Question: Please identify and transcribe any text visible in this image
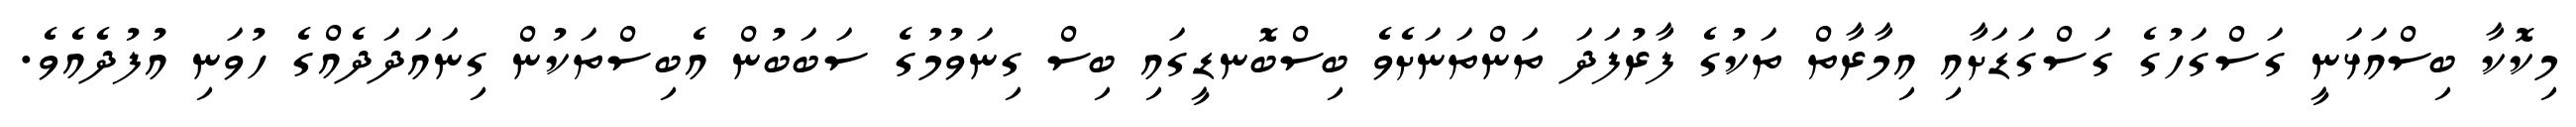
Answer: މިކޮކާ ބިސްއަޅަނީ ގަސްގަހުގެ ގަސްގަޑަށާއި އިމާރާތް ތަކުގެ ފާރުފަދަ ތަންތަނަށެވެ ބިސްބޮނޑީގައި ބިސް ގިނަވުމުގެ ސަބަބުން އެބިސްތަކުން ގިނައަދަދެއްގެ ހުވަނި އުފުދެއެވެ.